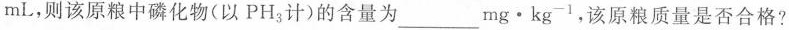
mL，则该原粮中磷化物(以PH_{3}计)的含量为___mg\cdot kg^{-1}，该原粮质量是否合格?